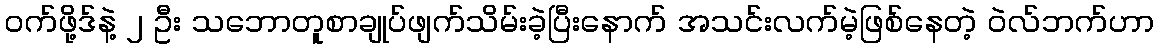
ဝက်ဖို့ဒ်နဲ့ ၂ ဦး သဘောတူစာချုပ်ဖျက်သိမ်းခဲ့ပြီးနောက် အသင်းလက်မဲ့ဖြစ်နေတဲ့ ဝဲလ်ဘက်ဟာ